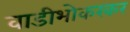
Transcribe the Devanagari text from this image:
वाडीभोकरकर